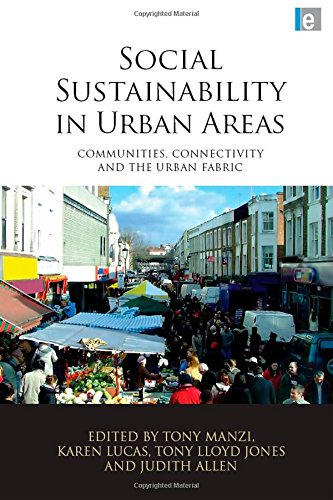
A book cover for Social Sustainability in Urban Areas: Communities, Connectivity and the Urban Fabric; Engineering & Transportation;